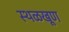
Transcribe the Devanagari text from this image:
स्थळखूण